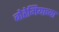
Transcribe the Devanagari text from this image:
बोहेमियाच्या